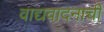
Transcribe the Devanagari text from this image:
वाद्यवादनाची